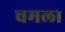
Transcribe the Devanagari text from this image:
चमला